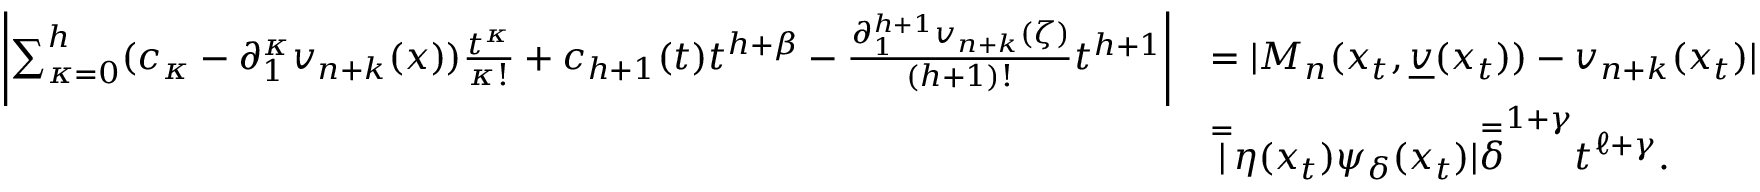
\begin{array} { r l } { \left| \sum _ { \kappa = 0 } ^ { h } ( c _ { \kappa } - \partial _ { 1 } ^ { \kappa } v _ { n + k } ( x ) ) \frac { t ^ { \kappa } } { \kappa ! } + c _ { h + 1 } ( t ) t ^ { h + \beta } - \frac { \partial _ { 1 } ^ { h + 1 } v _ { n + k } ( \zeta ) } { ( h + 1 ) ! } t ^ { h + 1 } \right| } & { = | M _ { n } ( x _ { t } , \underline { v } ( x _ { t } ) ) - v _ { n + k } ( x _ { t } ) | } \\ & { \overset { = } \lvert \eta ( x _ { t } ) \psi _ { \delta } ( x _ { t } ) \rvert \overset { = } \delta ^ { 1 + \gamma } t ^ { \ell + \gamma } . } \end{array}